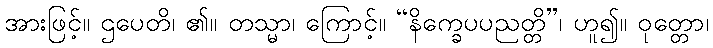
အားဖြင့်။ ဌပေတိ၊ ၏။ တသ္မာ၊ ကြောင့်။ “နိက္ခေပပညတ္တိ”၊ ဟူ၍။ ဝုတ္တော၊